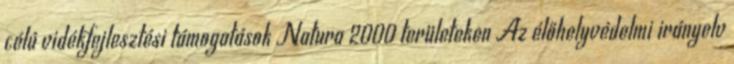
célú vidékfejlesztési támogatások Natura 2000 területeken Az élőhelyvédelmi irányelv